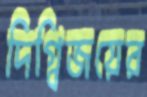
দিগ্বিজয়ের